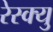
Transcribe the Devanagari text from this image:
रेस्क्यु